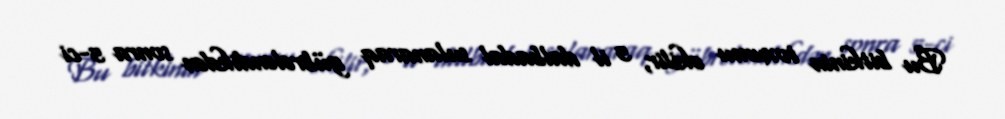
Bu bitkinin toxumu əkilir, 5 il dalbadal sulanaraq gübrələndikdən sonra 5-ci